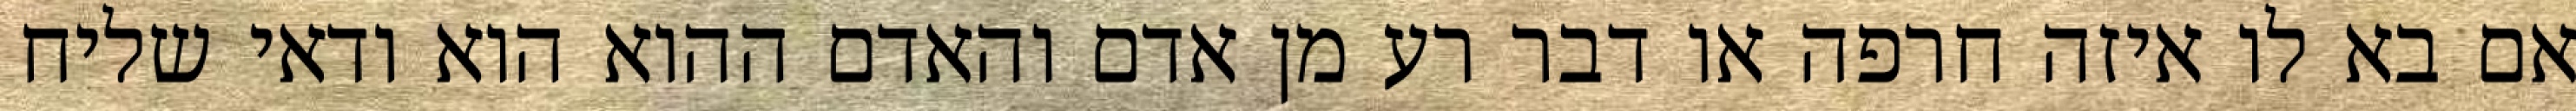
אם בא לו איזה חרפה או דבר רע מן אדם והאדם ההוא הוא ודאי שליח